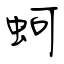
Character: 蚵